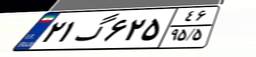
۰۰گ۱۸۸۷۹